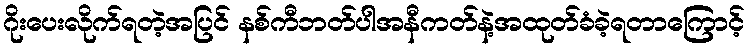
ဂိုးပေးလိုက်ရတဲ့အပြင် နစ်ကီဘတ်ပါအနီကတ်နဲ့အထုတ်ခံခဲ့ရတာကြောင့်